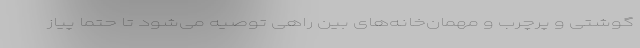
گوشتی و پرچرب و مهمان‌خانه‌های بین راهی توصیه می‌شود تا حتماً پیاز